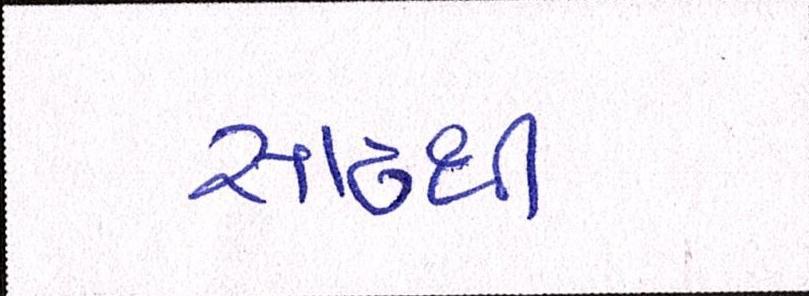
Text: સાંઢથી